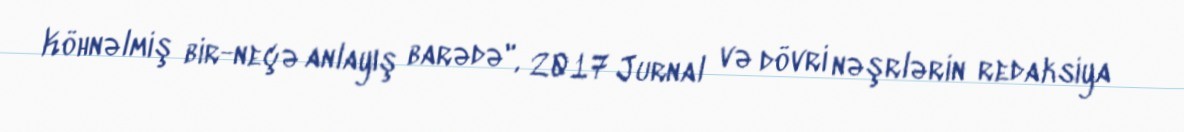
Köhnəlmiş bir-neçə anlayış barədə", 2017 Jurnal və dövri nəşrlərin redaksiya